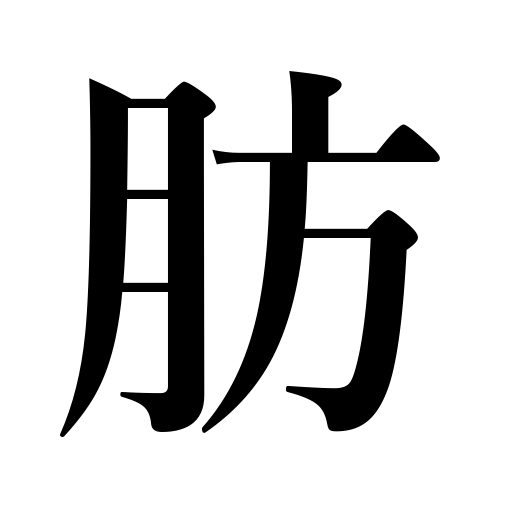
Meanings: fat